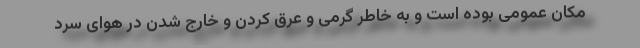
مکان عمومی بوده است و به خاطر گرمی و عرق کردن و خارج شدن در هوای سرد